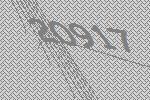
20917